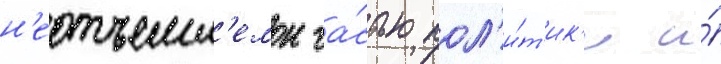
н'еотъемл'емои ча́стью пол'и́т'ик'и и́